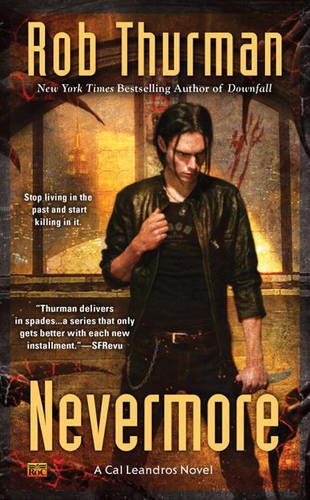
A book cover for Nevermore: A Cal Leandros Novel (Cal and Niko); Rob Thurman; Literature & Fiction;